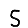
Digit: 5